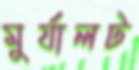
মুর্যালট